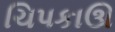
ચિપકાઊ